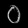
Digit: ၀